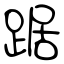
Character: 踞